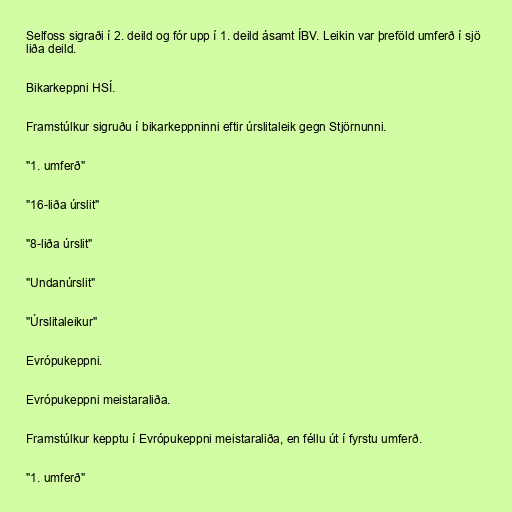
Selfoss sigraði í 2. deild og fór upp í 1. deild ásamt ÍBV. Leikin var þreföld umferð í sjö
liða deild.

Bikarkeppni HSÍ.

Framstúlkur sigruðu í bikarkeppninni eftir úrslitaleik gegn Stjörnunni.

"1. umferð"

"16-liða úrslit"

"8-liða úrslit"

"Undanúrslit"

"Úrslitaleikur"

Evrópukeppni.

Evrópukeppni meistaraliða.

Framstúlkur kepptu í Evrópukeppni meistaraliða, en féllu út í fyrstu umferð.

"1. umferð"